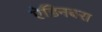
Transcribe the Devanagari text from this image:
ऐडिनबरा